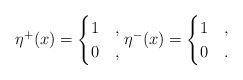
\begin{gather*} \eta^{+}(x) =\begin{cases} 1 & ,\\ 0 & ,\end{cases} \eta^{-}(x) =\begin{cases} 1 & ,\\ 0 & .\end{cases}\end{gather*}